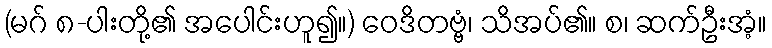
(မဂ် ၈-ပါးတို့၏ အပေါင်းဟူ၍။) ဝေဒိတဗ္ဗံ၊ သိအပ်၏။ စ၊ ဆက်ဦးအံ့။